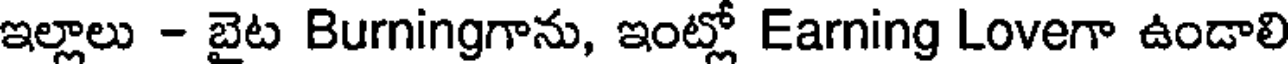
ఇల్లాలు - బైట Burningగాను, ఇంట్లో Earning Loveగా ఉండాలి